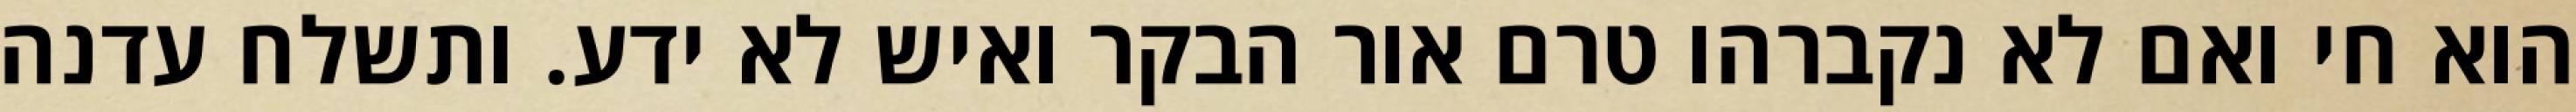
הוא חי ואם לא נקברהו טרם אור הבקר ואיש לא ידע. ותשלח עדנה